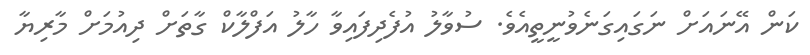
ކަން އޭނައަށް ނަގައިގަނެވުނީތީއެވެ. ސުވާލު އުފެދިފައިވާ ހާލު އަފްލާކް ގާތަށް ދިއުމަށް މާރިޔާ